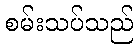
စမ်းသပ်သည်